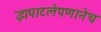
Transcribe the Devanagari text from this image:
झपाटलेपणानेच